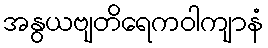
အနွယဗျတိရေကဝါကျာနံ